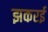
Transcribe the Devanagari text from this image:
झकरई